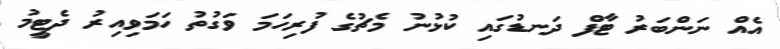
އެއް ނަންބަރު ޓާފް ދަނޑުގައި ކުޅުނު މެޗުގެ ފުރިހަމަ ވަގުތު ހަމަވިއިރު ދެޓީމު